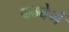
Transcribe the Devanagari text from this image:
बम्बेर्ग